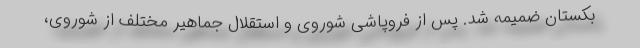
بکستان ضمیمه شد. پس از فروپاشی شوروی و استقلال جماهیر مختلف از شوروی،